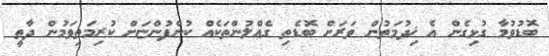
ބޮޑުވުމާ ގުޅިގެން އެ ޚިދުމަތުން ވަރަށް ބޮޑެތި ގެއްލުންތަކެއް ކުންފުންޏަށް ކުރިމަތިވަމުން ދާތީ